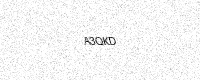
Text: A3QKD